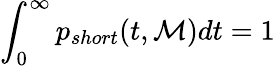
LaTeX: \int_{0}^{\infty}p_{short}(t,\mathcal{M})dt=1